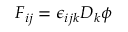
F _ { i j } = \epsilon _ { i j k } D _ { k } \phi